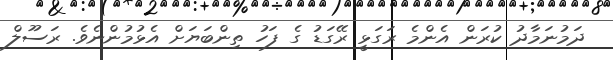
ދަމުނަމާދު ކުރަން އެންމެ ރަގަޅީ ރޭގަޑު ގެ ފަހު ތިންބަޔަށް އެޅުމުންނެވެ. ރަސޫލް